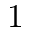
1